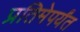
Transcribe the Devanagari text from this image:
प्रतिमेपर्यंत